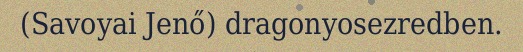
(Savoyai Jenő) dragonyosezredben.